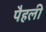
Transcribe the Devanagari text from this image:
पैहली